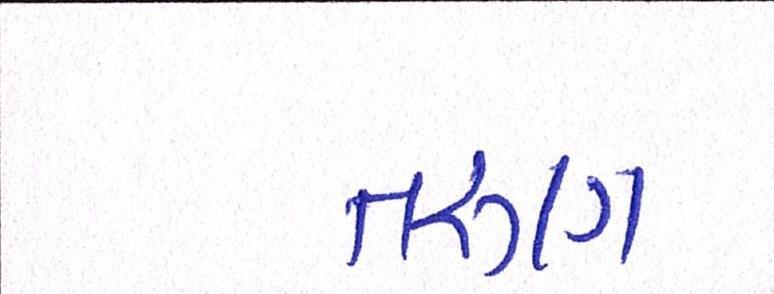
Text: તરુણ